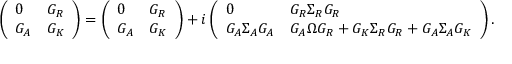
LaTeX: \left( \begin{array} { l l } { { 0 } } & { { { \cal G } _ { R } } } \\ { { { \cal G } _ { A } } } & { { { \cal G } _ { K } } } \end{array} \right) = \left( \begin{array} { l l } { { 0 } } & { { G _ { R } } } \\ { { G _ { A } } } & { { G _ { K } } } \end{array} \right) + i \left( \begin{array} { l l } { { 0 } } & { { G _ { R } \Sigma _ { R } { \cal G } _ { R } } } \\ { { G _ { A } \Sigma _ { A } { \cal G } _ { A } } } & { { G _ { A } \Omega { \cal G } _ { R } + G _ { K } \Sigma _ { R } { \cal G } _ { R } + G _ { A } \Sigma _ { A } { \cal G } _ { K } } } \end{array} \right) .